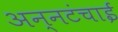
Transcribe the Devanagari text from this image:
अन्नटंचाई